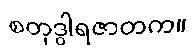
စတုဒွါရဇာတက။